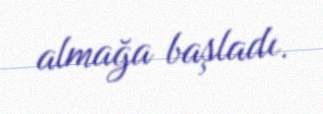
almağa başladı.